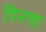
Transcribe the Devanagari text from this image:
पिनचा